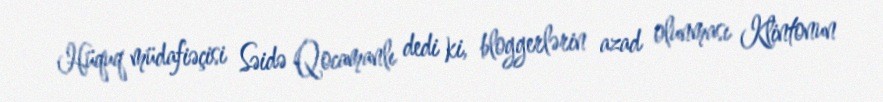
Hüquq müdafiəçisi Səidə Qocamanlı dedi ki, bloggerlərin azad olunması Klintonun